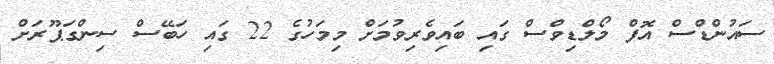
ސައުންޑްސް އޮފް މޯލްޑިވްސް ގައި ބައިވެރިވުމަށް މިމަހުގެ 22 ގައި ހަބޭސް ސިންގަޕޫރަށް